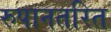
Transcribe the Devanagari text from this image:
रुपानतरित